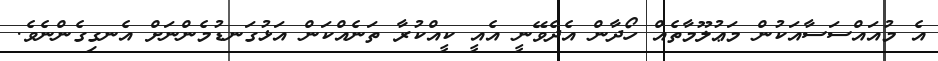
އެ މުއައްސަސާއަކުން މަޢުލޫމާތެއް ހޯދާން އެދެވޭނީ އެއީ ކީއްކުރާ ތަނެއްކަން އަޅުގަނޑުމެންނަށް އެނގިގެންނެވެ.